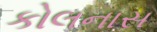
કોલનાસ